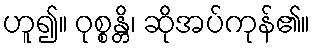
ဟူ၍။ ဝုစ္စန္တိ၊ ဆိုအပ်ကုန်၏။